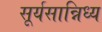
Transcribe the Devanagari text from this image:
सूर्यसान्निध्य